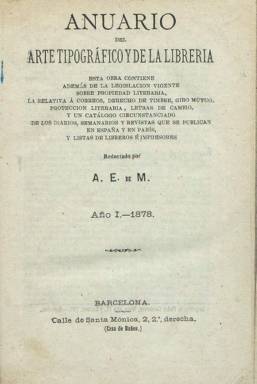
Título: Anuario del arte tipográfico y de la librería
Colección: Artes gráficas || Guías y directorios
Ámbito geográfico: Barcelona
Lugar de publicación: Barcelona
Fechas: 01/01/1878-31/12/1878

Guía sobre la legislación y tratados internacionales en materia de propiedad y protección literaria y la relativa al derecho del timbre o las tarifas de franqueo de correos, tanto en España como en Cuba, a la que suma un catálogo de los diarios, semanarios y revistas que se publican, convirtiéndose en el primer directorio hemerográfico de la prensa española, además de incluir los editados en La Habana, Manila y París. A ello añade la legislación sobre prensa e imprenta y los impuestos que pagan los editores. También contiene una relación de todas las imprentas y librerías existentes en España y en La Habana. Su redactor es el historiador y archivero Antonio Elías de Molins (1850-1809), y su intención fue ofrecer datos útiles para libreros, empresas periodísticas o escritores. Forma un tomo de 248 páginas, carente de cualquier ilustración. El único que se conoce es su primer año, correspondiente a 1878. Al final, incluye un índice de sus contenidos.